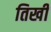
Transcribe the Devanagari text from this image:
तिखी